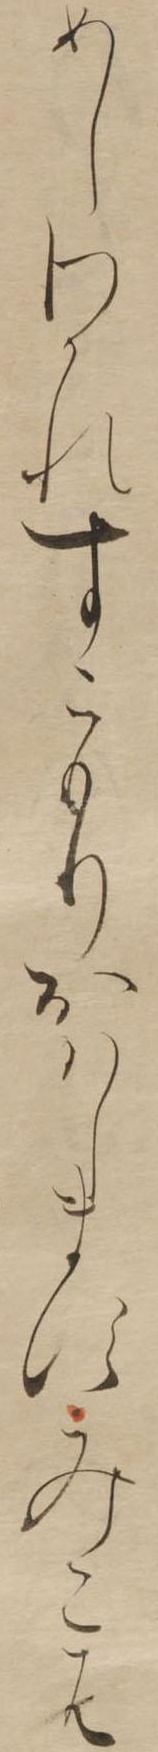
めしわかれすこもりおはしますみこは